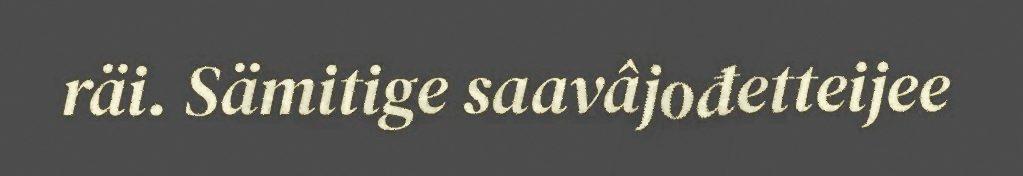
räi. Sämitige saavâjođetteijee